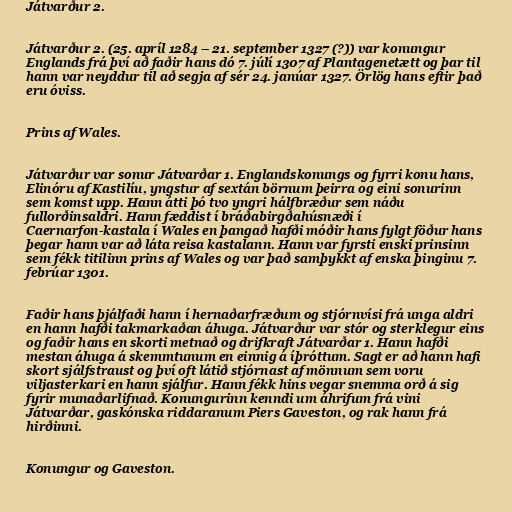
Játvarður 2.

Játvarður 2. (25. apríl 1284 – 21. september 1327 (?)) var konungur
Englands frá því að faðir hans dó 7. júlí 1307 af Plantagenetætt og þar til
hann var neyddur til að segja af sér 24. janúar 1327. Örlög hans eftir það
eru óviss.

Prins af Wales.

Játvarður var sonur Játvarðar 1. Englandskonungs og fyrri konu hans,
Elinóru af Kastilíu, yngstur af sextán börnum þeirra og eini sonurinn
sem komst upp. Hann átti þó tvo yngri hálfbræður sem náðu
fullorðinsaldri. Hann fæddist í bráðabirgðahúsnæði í
Caernarfon-kastala í Wales en þangað hafði móðir hans fylgt föður hans
þegar hann var að láta reisa kastalann. Hann var fyrsti enski prinsinn
sem fékk titilinn prins af Wales og var það samþykkt af enska þinginu 7.
febrúar 1301.

Faðir hans þjálfaði hann í hernaðarfræðum og stjórnvísi frá unga aldri
en hann hafði takmarkaðan áhuga. Játvarður var stór og sterklegur eins
og faðir hans en skorti metnað og drifkraft Játvarðar 1. Hann hafði
mestan áhuga á skemmtunum en einnig á íþróttum. Sagt er að hann hafi
skort sjálfstraust og því oft látið stjórnast af mönnum sem voru
viljasterkari en hann sjálfur. Hann fékk hins vegar snemma orð á sig
fyrir munaðarlifnað. Konungurinn kenndi um áhrifum frá vini
Játvarðar, gaskónska riddaranum Piers Gaveston, og rak hann frá
hirðinni.

Konungur og Gaveston.